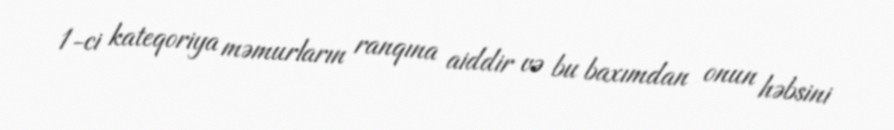
1-ci kateqoriya məmurların ranqına aiddir və bu baxımdan onun həbsini